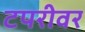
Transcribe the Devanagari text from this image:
टपरीवर